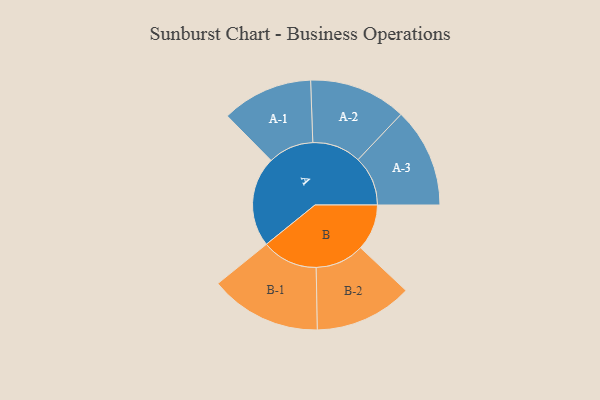
{"axis": {"x": "Segment", "y": "Value"}, "legend": ["", "A", "B"], "data": [{"x": "A", "y": 406, "type": ""}, {"x": "B", "y": 208, "type": ""}, {"x": "A-1", "y": 205, "type": "A"}, {"x": "A-2", "y": 219, "type": "A"}, {"x": "A-3", "y": 224, "type": "A"}, {"x": "B-1", "y": 251, "type": "B"}, {"x": "B-2", "y": 220, "type": "B"}]}